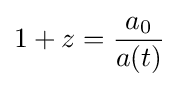
1+z={\frac {a_{0}}{a(t)}}